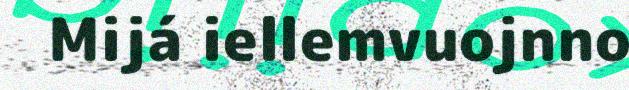
Mijá iellemvuojnno